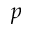
p